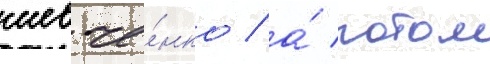
шевче́нко / а́ потом